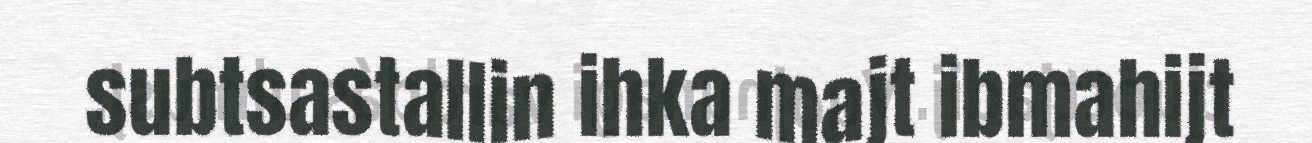
subtsastallin ihka majt ibmahijt